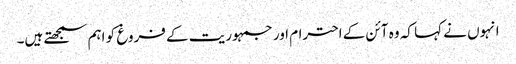
انہوں نے کہا کہ وہ آئن کے احترام اور جمہوریت کے فروغ کو اہم سمجھتے ہیں۔